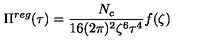
\Pi ^ { r e g } ( \tau ) = \frac { N _ { c } } { 1 6 ( 2 \pi ) ^ { 2 } \zeta ^ { 6 } \tau ^ { 4 } } f ( \zeta )